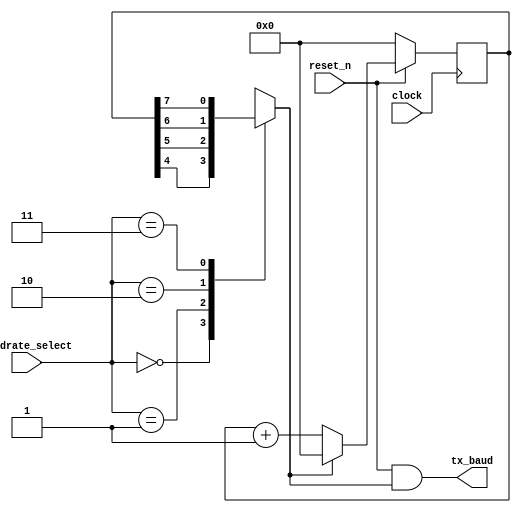
module TX_BAUD_GEN (
	input clock,
	input reset_n,
	input [1:0] baudrate_select,
	output tx_baud
);

reg [7:0] num;
reg w;
always@(posedge clock)
	num <= reset_n ? w ? 0 : num + 1 : 0;

always@(*)
case (baudrate_select)
	0: w = num[4];
	1: w = num[5];
	2: w = num[6];
	3: w = num[7];
	default: w = 1;
endcase

assign tx_baud = reset_n & w;

endmodule